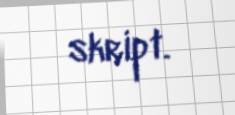
skript.